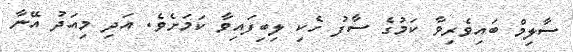
ސާލިމް ބައިވެރިވާ ކަމުގެ ސާފު ހެކި ލިބިފައިވާ ކަމަށެވެ. އަދި މިއަދު އޭނާ